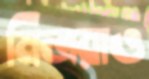
মিত্ররাও